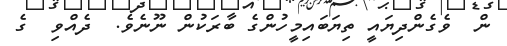
ން  ވެގެންދިޔައީ ތިޔަބައިމީހުންގެ ބާރަކުން ނޫނެވެ.  ދެއްވި  ގެ